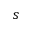
s